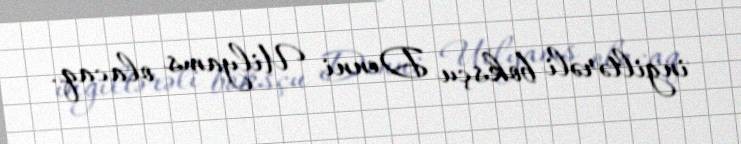
ingiltərəli boksçu Denni Uilyams olacaq.